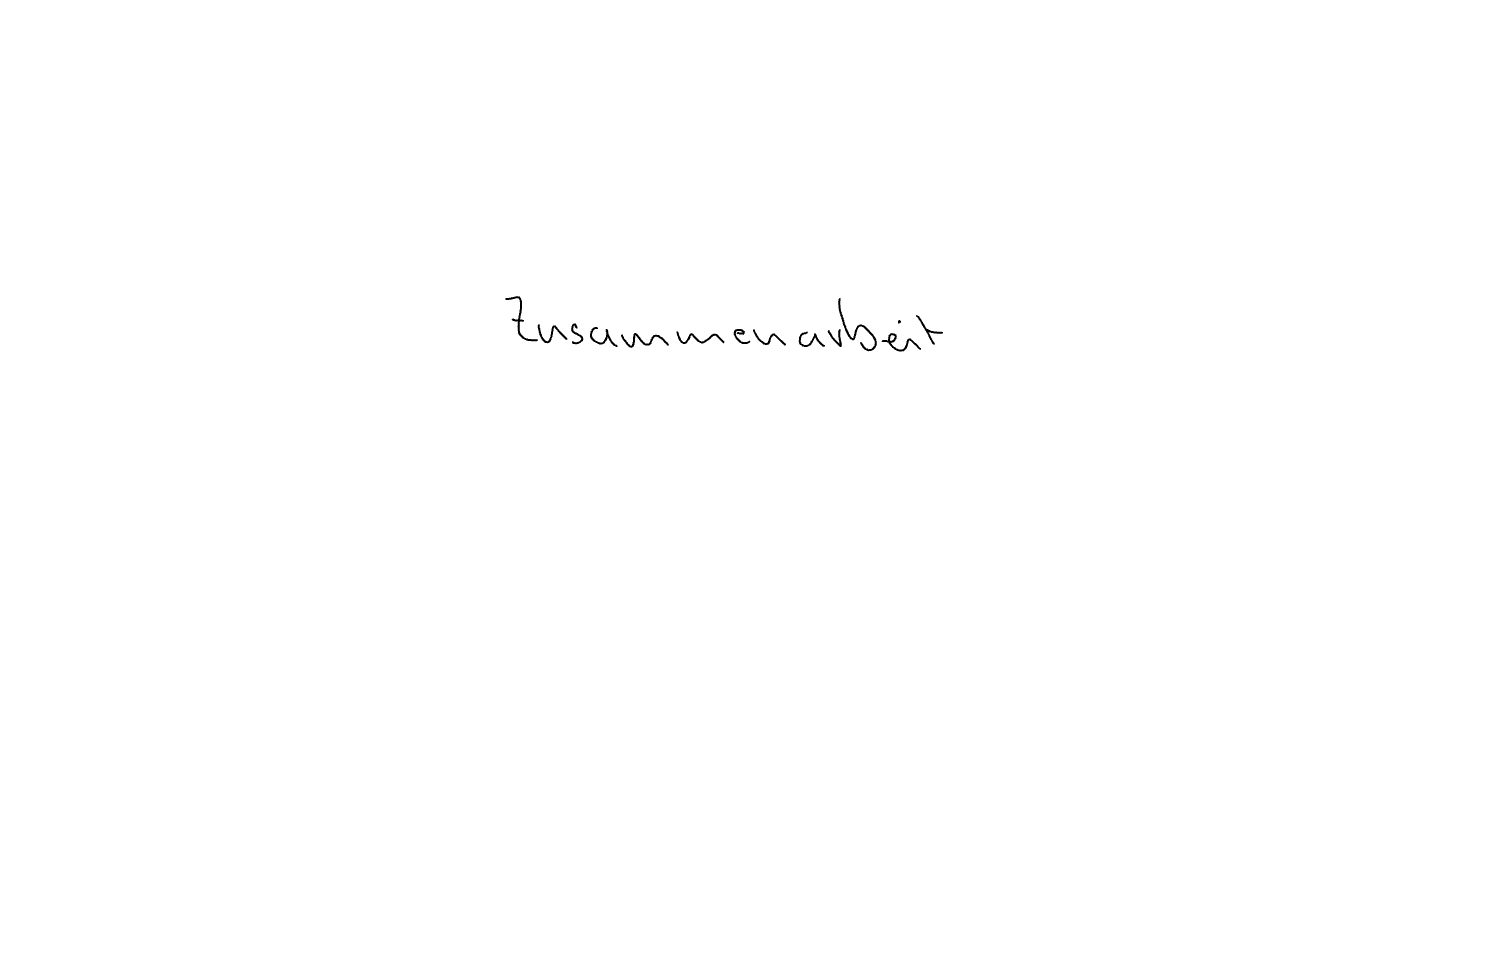
Text: Zusammenarbeit